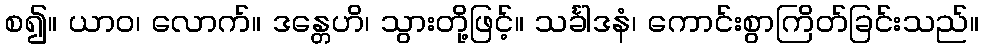
စ၍။ ယာဝ၊ လောက်။ ဒန္တေဟိ၊ သွားတို့ဖြင့်။ သင်္ခါဒနံ၊ ကောင်းစွာကြိတ်ခြင်းသည်။